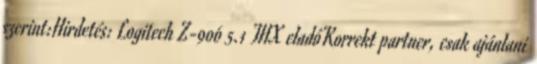
szerint:Hirdetés: Logitech Z-906 5.1 THX eladóKorrekt partner, csak ajánlani